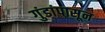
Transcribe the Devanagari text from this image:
गुंडांपासून